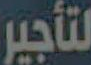
لتأجير